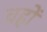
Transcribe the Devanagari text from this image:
चहों